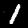
Label: 1